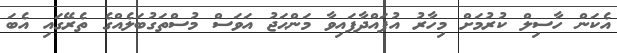
އެކަން ހާސިލް ކުރުމަށް މިހާރު އުފައްދާފައިވާ މަންޙަޖު އަވަސް މުސްތަގުބަލެއްގެ ތެރޭގައި އެބަ